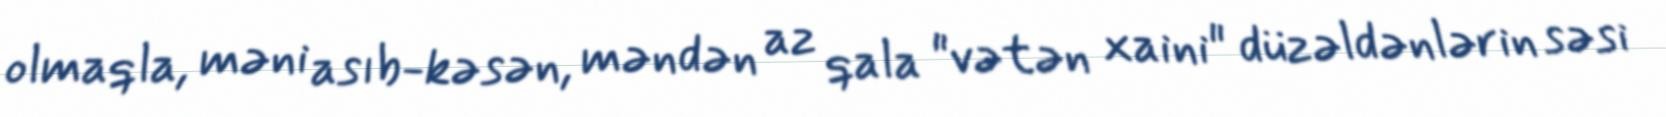
olmaqla, məni asıb-kəsən, məndən az qala "vətən xaini" düzəldənlərin səsi